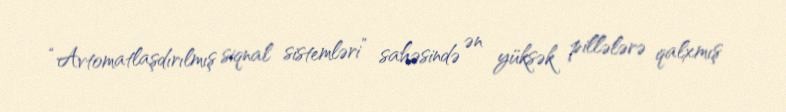
“Avtomatlaşdırılmış siqnal sistemləri” sahəsində ən yüksək pillələrə qalxmış